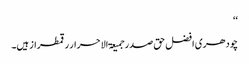
‘‘
چودھری افضل حق صدر جمیعۃ الاحرار رقمطراز ہیں۔